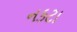
નકટા